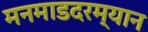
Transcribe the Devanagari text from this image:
मनमाडदरम्यान